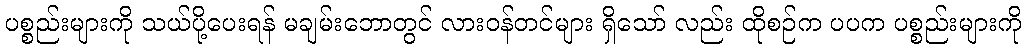
ပစ္စည်းများကို သယ်ပို့ပေးရန် မချမ်းဘောတွင် လားဝန်တင်များ ရှိသော် လည်း ထိုစဉ်က ပပက ပစ္စည်းများကို